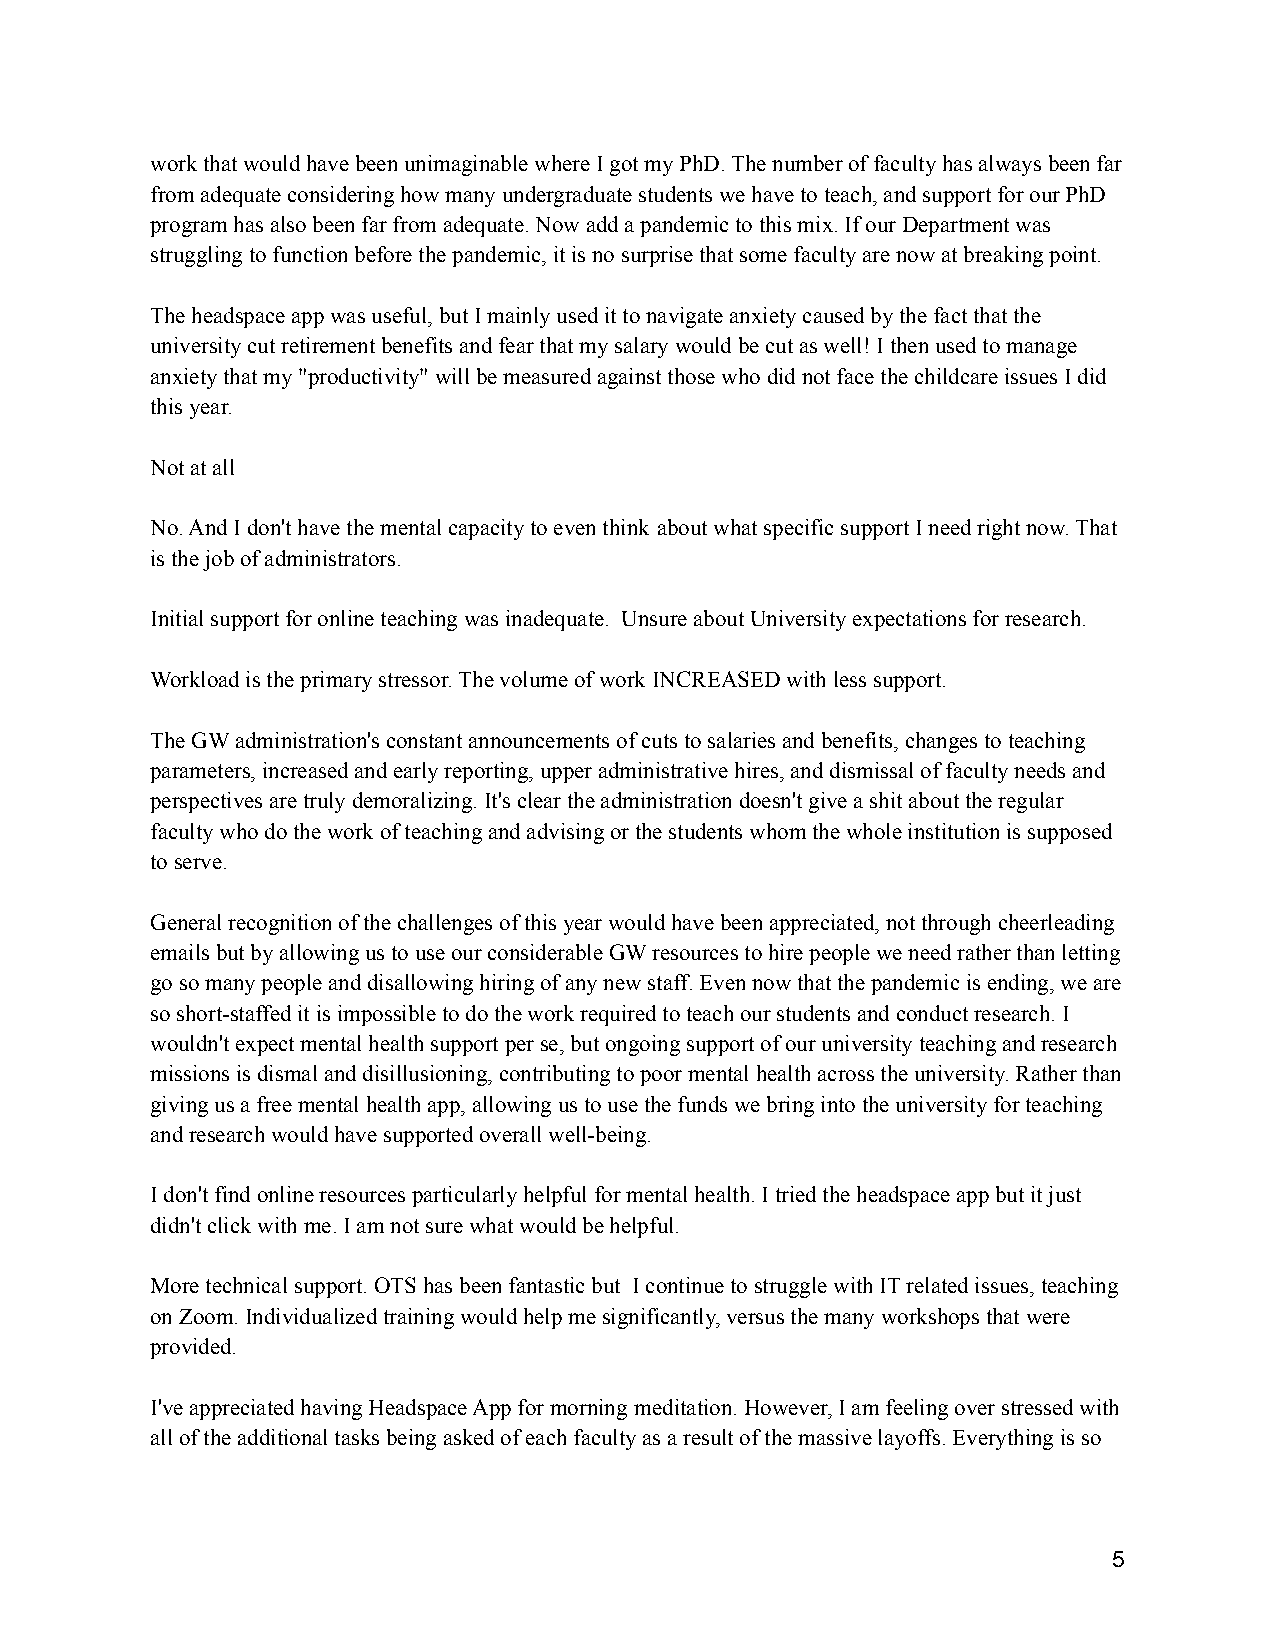
work that would have been unimaginable where I got my PhD. The number of faculty has always been far
 from adequate considering how many undergraduate studentswe have to teach, and support for our PhD
 program has also been far from adequate. Now add apandemic to this mix. If our Department was
 struggling to function before the pandemic, it isno surprise that some faculty are now at breakingpoint.
 The headspace app was useful, but I mainly used itto navigate anxiety caused by the fact that the
 university cut retirement benefits and fear that mysalary would be cut as well! I then used to manage
 anxiety that my "productivity" will be measured againstthose who did not face the childcare issues I did
 this year.
 Not at all
 No. And I don't have the mental capacity to even think about what specific support I need right now. That
 is the job of administrators.
 Initial support for online teaching was inadequate. Unsure about University expectations for research.
 Workload is the primary stressor. The volume of workINCREASED with less support.
 The GW administration's constant announcements ofcuts to salaries and benefits, changes to teaching
 parameters, increased and early reporting, upper administrativehires, and dismissal of faculty needs and
 perspectives are truly demoralizing. It's clear theadministration doesn't give a shit about the regular
 faculty who do the work of teaching and advising orthe students whom the whole institution is supposed
 to serve.
 General recognition of the challenges of this yearwould have been appreciated, not through cheerleading
 emails but by allowing us to use our considerableGW resources to hire people we need rather than letting
 go so many people and disallowing hiring of any newstaff. Even now that the pandemic is ending, we are
 so short-staffed it is impossible to do the work requiredto teach our students and conduct research. I
 wouldn't expect mental health support per se, butongoing support of our university teaching and research
 missions is dismal and disillusioning, contributingto poor mental health across the university. Ratherthan
 giving us a free mental health app, allowing us touse the funds we bring into the university for teaching
 and research would have supported overall well-being.
 I don't find online resources particularly helpfulfor mental health. I tried the headspace app butit just
 didn't click with me. I am not sure what would behelpful.
 More technical support. OTS has been fantastic but I continue to struggle with IT related issues, teaching
 on Zoom. Individualized training would help me significantly,versus the many workshops that were
 provided.
 I've appreciated having Headspace App for morning meditation. However, I am feeling over stressed with
 all of the additional tasks being asked of each facultyas a result of the massive layoffs. Everything isso
 5